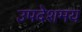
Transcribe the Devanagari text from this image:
उपदेशमय